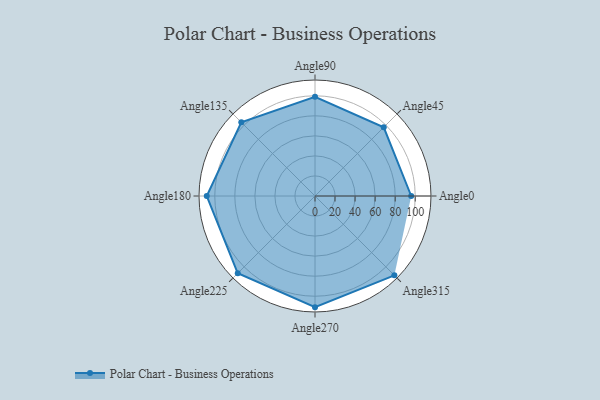
{"axis": {"x": "Angle", "y": "Radius"}, "legend": [""], "data": [{"x": "Angle0", "y": 96.0, "type": ""}, {"x": "Angle45", "y": 97.0, "type": ""}, {"x": "Angle90", "y": 99.0, "type": ""}, {"x": "Angle135", "y": 104.0, "type": ""}, {"x": "Angle180", "y": 108.0, "type": ""}, {"x": "Angle225", "y": 109.0, "type": ""}, {"x": "Angle270", "y": 111.0, "type": ""}, {"x": "Angle315", "y": 112.0, "type": ""}]}